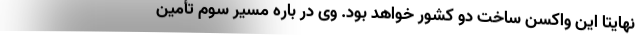
نهایتا این واکسن ساخت دو کشور خواهد بود. وی در باره مسیر سوم تأمین